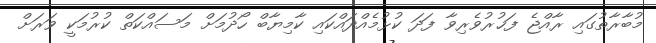
މުބާރާތުގައި ރާއްޖެ ފަޚުރުވެރިވާ ފަދަ ކުޅުމެއްދައްކައި ކާމިޔާބް ހޯދުމަށް މަސައްކަތް ކުރުމަކީ ވަރަށް